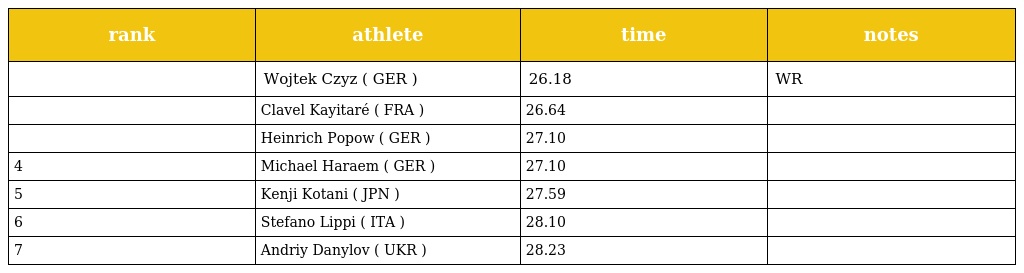
| rank | athlete | time | notes |
 | --- | --- | --- | --- |
 |  | Wojtek Czyz ( GER ) | 26.18 | WR |
 |  | Clavel Kayitaré ( FRA ) | 26.64 |  |
 |  | Heinrich Popow ( GER ) | 27.10 |  |
 | 4 | Michael Haraem ( GER ) | 27.10 |  |
 | 5 | Kenji Kotani ( JPN ) | 27.59 |  |
 | 6 | Stefano Lippi ( ITA ) | 28.10 |  |
 | 7 | Andriy Danylov ( UKR ) | 28.23 |  |